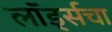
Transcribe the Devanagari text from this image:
लॉर्ड्सचा